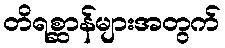
တိရစ္ဆာန်များအတွက်